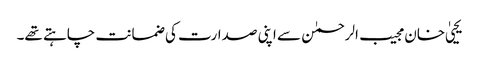
یحییٰ خان مجیب الرحمٰن سے اپنی صدارت کی ضمانت چاہتے تھے۔